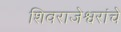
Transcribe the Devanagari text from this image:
शिवराजेश्वरांचे